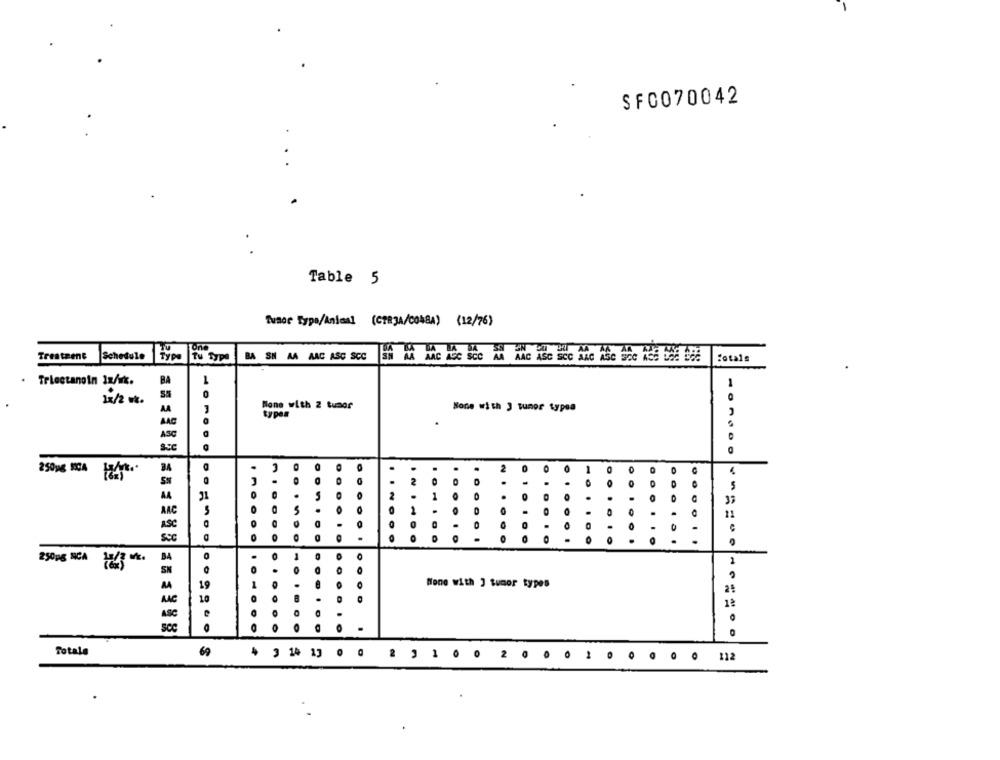
SFO070042
Table 5
Tvace Type/Animal (CTR3A/COMBA) (12/76)
One
Treatment
Schedule
Type
Tu Type
BA SN AA AAC ASC SCC
fotals
BA
1
. Trlectanoin 1x/wk.
0
1x/2 st.
AA
Wone with 2 tumor
None with J tumor typea
AAC
ASC
SSC
.
3
0
-
O
250 --
2
5
5
2
AA
37
O
ARC
..
O
1
11
ASC
DO
.
0
B4
O
1
2500g NICA 13 .
O
SN
MA
19
None with ] tumor types
AAC
10
8
1ª
ASC
O
sce
.....
O
Totale
69
14
2
2 0
112